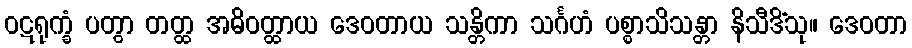
ဝဋရုက္ခံ ပတွာ တတ္ထ အဓိဝတ္ထာယ ဒေဝတာယ သန္တိကာ သင်္ဂဟံ ပစ္စာသိသန္တာ နိသီဒိံသု။ ဒေဝတာ